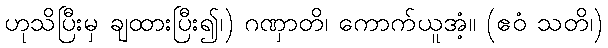
ဟုသိပြီးမှ ချထားပြီး၍၊) ဂဏှာတိ၊ ကောက်ယူအံ့။ (ဧဝံ သတိ၊)